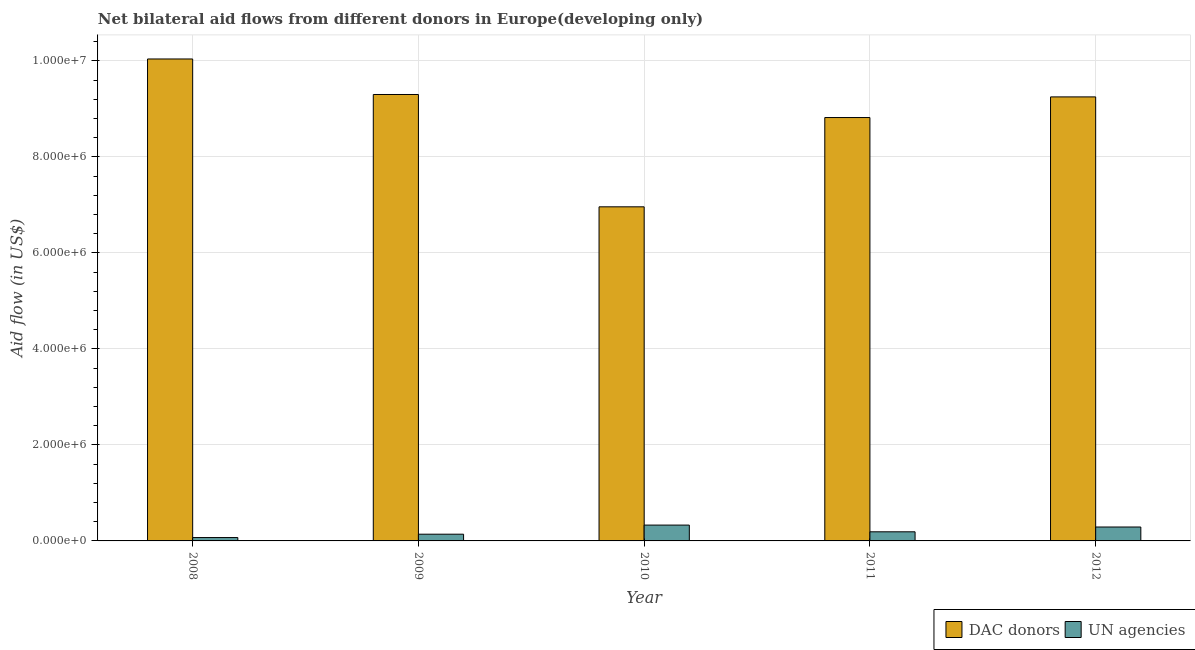
| Year | DAC donors | UN agencies |
 | --- | --- | --- |
 | 2008 | 1e+07 | 7e+04 |
 | 2009 | 9.3e+06 | 1.4e+05 |
 | 2010 | 6.96e+06 | 3.3e+05 |
 | 2011 | 8.82e+06 | 1.9e+05 |
 | 2012 | 9.25e+06 | 2.9e+05 |